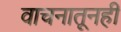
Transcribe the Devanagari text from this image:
वाचनातूनही